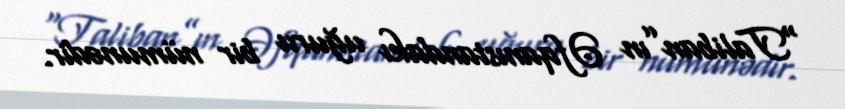
“Taliban”ın Əfqanıstandakı uğuru bir nümunədir.